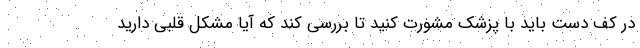
در کف دست باید با پزشک مشورت کنید تا بررسی کند که آیا مشکل قلبی دارید